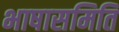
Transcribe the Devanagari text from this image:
भाषासमिति